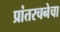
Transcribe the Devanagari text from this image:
प्रांतरचनेचा